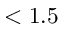
< 1 . 5